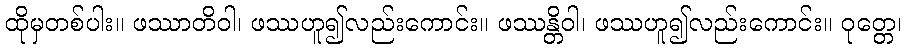
ထိုမှတစ်ပါး။ ဖဿာတိဝါ၊ ဖဿဟူ၍လည်းကောင်း။ ဖဿန္တိဝါ၊ ဖဿဟူ၍လည်းကောင်း။ ဝုတ္တေ၊